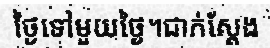
ថ្ងៃទៅមួយថ្ងៃ។ជាក់ស្តែង